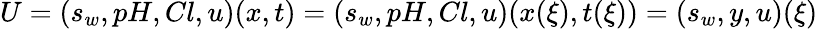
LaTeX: U=(s_{w},pH,Cl,u)(x,t)=(s_{w},pH,Cl,u)(x(\xi),t(\xi))=(s_{w},y,u)(\xi)